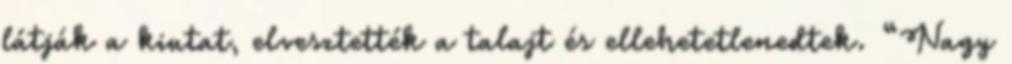
látják a kiutat, elvesztették a talajt és ellehetetlenedtek. “Nagy